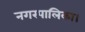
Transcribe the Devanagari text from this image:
नगरपालिका।